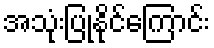
အသုံးပြုနိုင်ကြောင်း